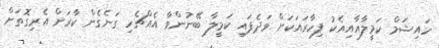
ހައިޝަމް ކަމީލާއާއިއެކު ފިހާރައަކަށް ވަދެފައި ކަމީލާ ބޭނުންވާ އެއްޗެހި ގަނެގެން ކާރަށް އެރިގޮތަށް